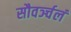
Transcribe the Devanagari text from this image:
सौवर्ञ्चलं